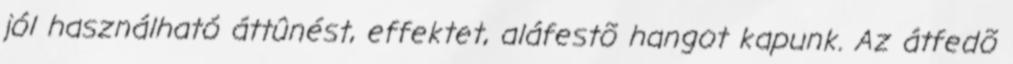
jól használható áttûnést, effektet, aláfestõ hangot kapunk. Az átfedõ